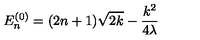
E _ { n } ^ { ( 0 ) } = ( 2 n + 1 ) \sqrt { 2 k } - \frac { k ^ { 2 } } { 4 \lambda }